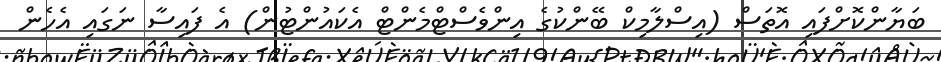
ބަޔާންކޮށްފައި އޮތަސް (އިސްލާމިކް ބޭންކުގެ އިންވެސްޓްމެންޓް އެކައުންޓުން) އެ ފައިސާ ނަގައި އެހެން